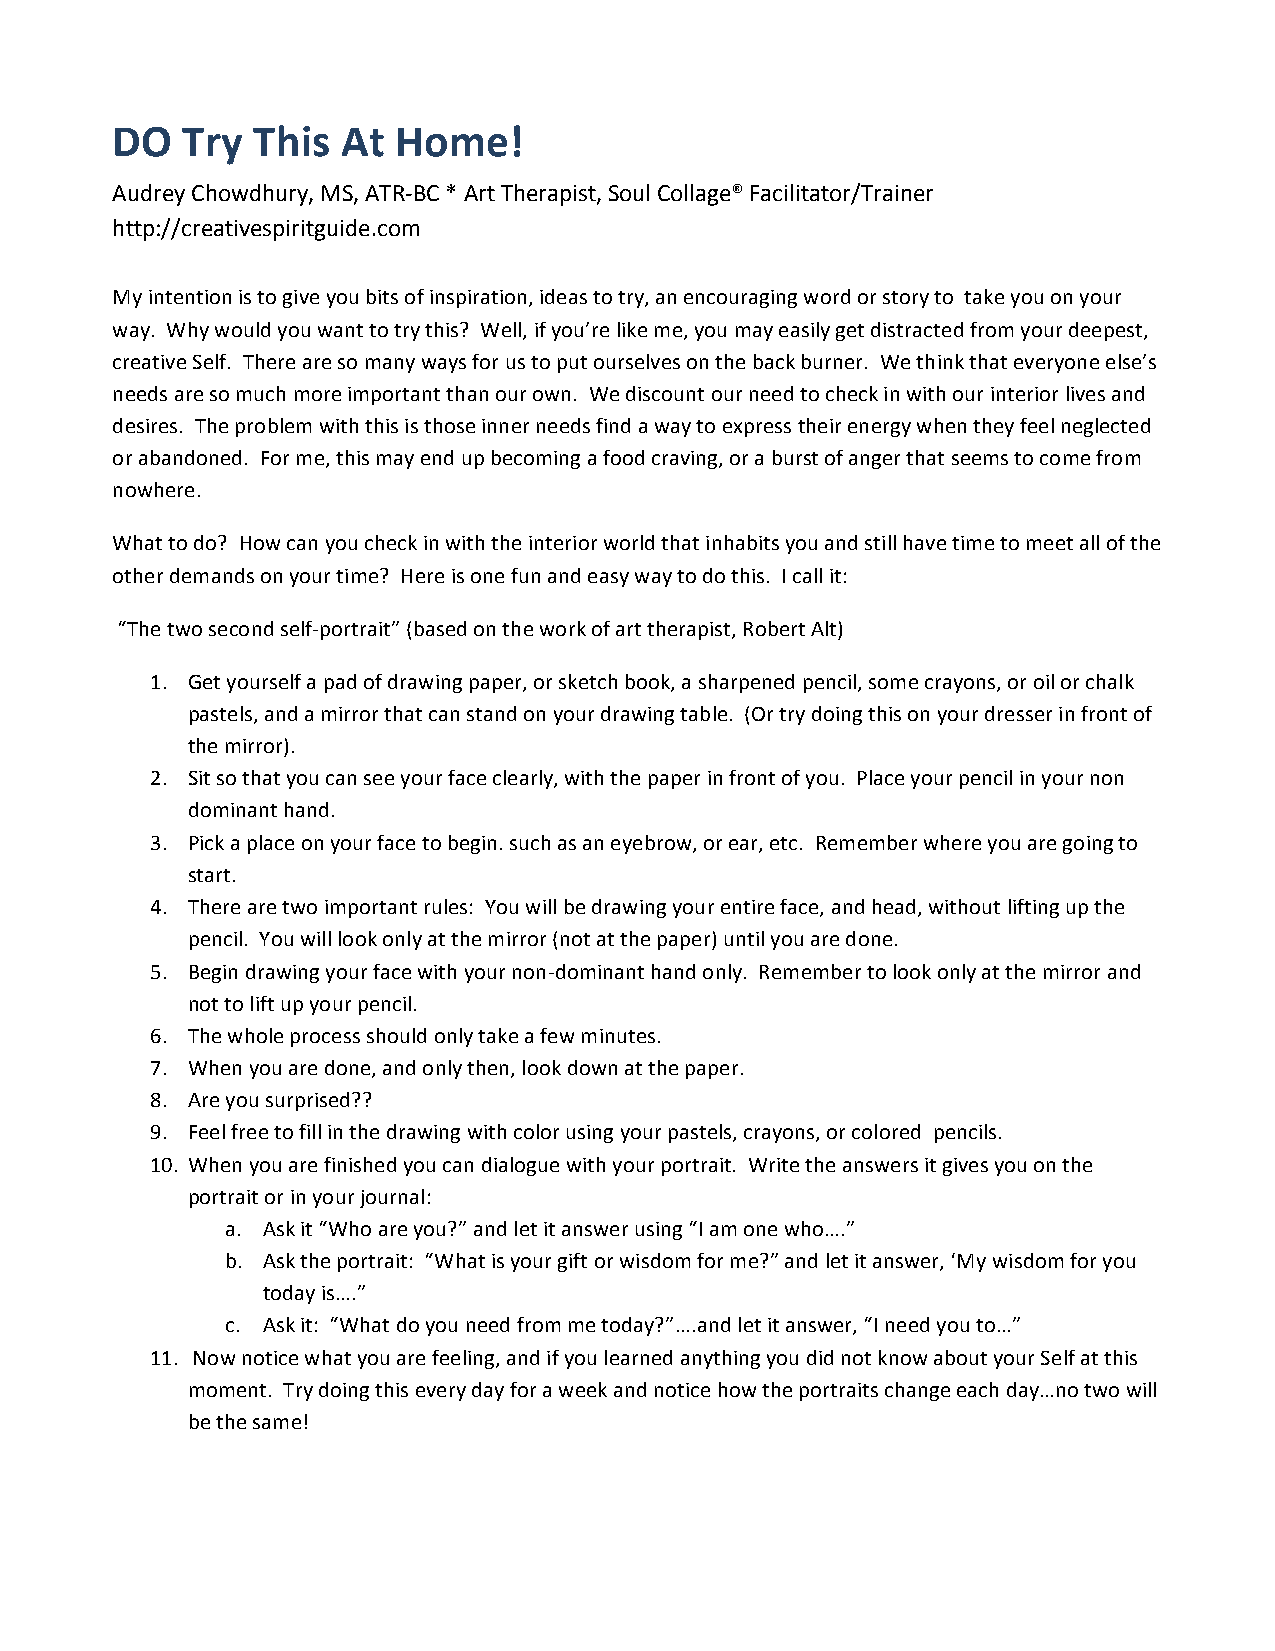
DO   Try  This  At Home!
 Audrey Chowdhury, MS, ATR-­‐BC * Art Therapist, Soul Collage® Facilitator/Trainer
 http://creativespiritguide.com
 My intention is to give you bits of inspiration, ideas to try, an encouraging word or story to take you on your
 way. Why would you want to try this? Well, if you’re like me, you may easily get distracted from your deepest,
 creative Self. There are so many ways for us to put ourselves on the back burner. We think that everyone else’s
 needs are so much more important than our own. We discount our need to check in with our interior lives and
 desires. The problem with this is those inner needs find a way to express their energy when they feel neglected
 or abandoned. For me, this may end up becoming a food craving, or a burst of anger that seems to come from
 nowhere.
 What to do? How can you check in with the interior world that inhabits you and still have time to meet all of the
 other demands on your time? Here is one fun and easy way to do this. I call it:
 “The two second self-­‐portrait” (based on the work of art therapist, Robert Alt)
 1. Get yourself a pad of drawing paper, or sketch book, a sharpened pencil, some crayons, or oil or chalk
 pastels, and a mirror that can stand on your drawing table. (Or try doing this on your dresser in front of
 the mirror).
 2. Sit so that you can see your face clearly, with the paper in front of you. Place your pencil in your non
 dominant hand.
 3. Pick a place on your face to begin. such as an eyebrow, or ear, etc. Remember where you are going to
 start.
 4. There are two important rules: You will be drawing your entire face, and head, without lifting up the
 pencil. You will look only at the mirror (not at the paper) until you are done.
 5. Begin drawing your face with your non-­‐dominant hand only. Remember to look only at the mirror and
 not to lift up your pencil.
 6. The whole process should only take a few minutes.
 7. When you are done, and only then, look down at the paper.
 8. Are you surprised??
 9. Feel free to fill in the drawing with color using your pastels, crayons, or colored pencils.
 10. When you are finished you can dialogue with your portrait. Write the answers it gives you on the
 portrait or in your journal:
 a. Ask it “Who are you?” and let it answer using “I am one who….”
 b. Ask the portrait: “What is your gift or wisdom for me?” and let it answer, ‘My wisdom for you
 today is….”
 c. Ask it: “What do you need from me today?”….and let it answer, “I need you to…”
 11. Now notice what you are feeling, and if you learned anything you did not know about your Self at this
 moment. Try doing this every day for a week and notice how the portraits change each day…no two will
 be the same!